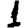
Digit: 1